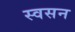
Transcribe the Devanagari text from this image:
स्वसन